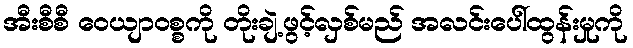
အီးစီစီ ဝေယျာဝစ္စကို တိုးချဲ့ဖွင့်လှစ်မည် အလင်းပေါ်ထွန်းမှုကို